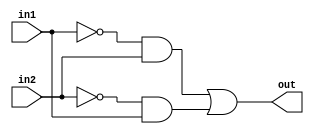
`timescale 1ns/1ps

module Xor(in1, in2, out);
    input in1, in2;
    output out;
    wire _in1, _in2, w1, w2;

    not n1(_in1, in1), n2(_in2, in2);
    and a1(w1, _in1, in2), a2(w2, _in2, in1);
    or o1(out, w1, w2);
endmodule 

module D_Flip_Flop(clk, d, q);
    input clk;
    input d;
    output q;
    wire _clk, q1;

    not g1(_clk, clk);
    D_Latch d1(_clk, d, q1);
    D_Latch d2(clk, q1, q);
    endmodule

module D_Latch(e, d, q);
    input e;
    input d;
    output q;
    wire _d, w1, w2, _q;

    not g1(_d, d);
    nand g2(w1, d, e);
    nand g3(w2, _d, e);
    nand g4(q, w1, _q);
    nand g5(_q, q, w2);
endmodule


module Toggle_Flip_Flop(clk, q, t, rst_n);
    input clk;
    input t;
    input rst_n;
    output q;
    wire xor1, and1;

    Xor x1(t, q, xor1);
    and a1(and1, xor1, rst_n);
    D_Flip_Flop d1(clk, and1, q);
endmodule